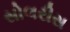
સોલરીસ